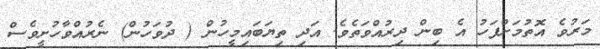
މަރުވެ އޮތުމަށްފަހު އެ ބިން ދިރުއްވަތެވެ. އަދި ތިޔަބައިމީހުން ( ދުވަހުން) ނެރުއްވާހުށީވެސް